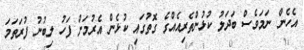
އެހެން ނަމަވެސް ބަދަލު ކުޅުންތެރިއެއްގެ ގޮތުގައި ކުޅެން އެރުމަށް ފަހު ލިބުނު ފުރަތަމަ